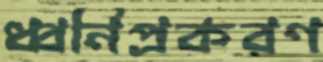
ধ্বনিপ্রকরণ